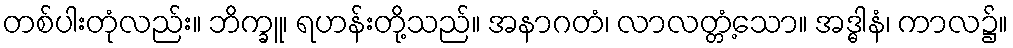
တစ်ပါးတုံလည်း။ ဘိက္ခူ၊ ရဟန်းတို့သည်။ အနာဂတံ၊ လာလတ္တံ့သော။ အဒ္ဓါနံ၊ ကာလ၌။